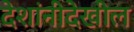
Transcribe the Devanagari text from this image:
देशांनीदेखील